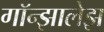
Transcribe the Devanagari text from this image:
गॉन्झालेझ